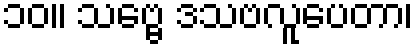
၁၀။ သဗ္ဗေ ဒသဗလူပေတာ၊